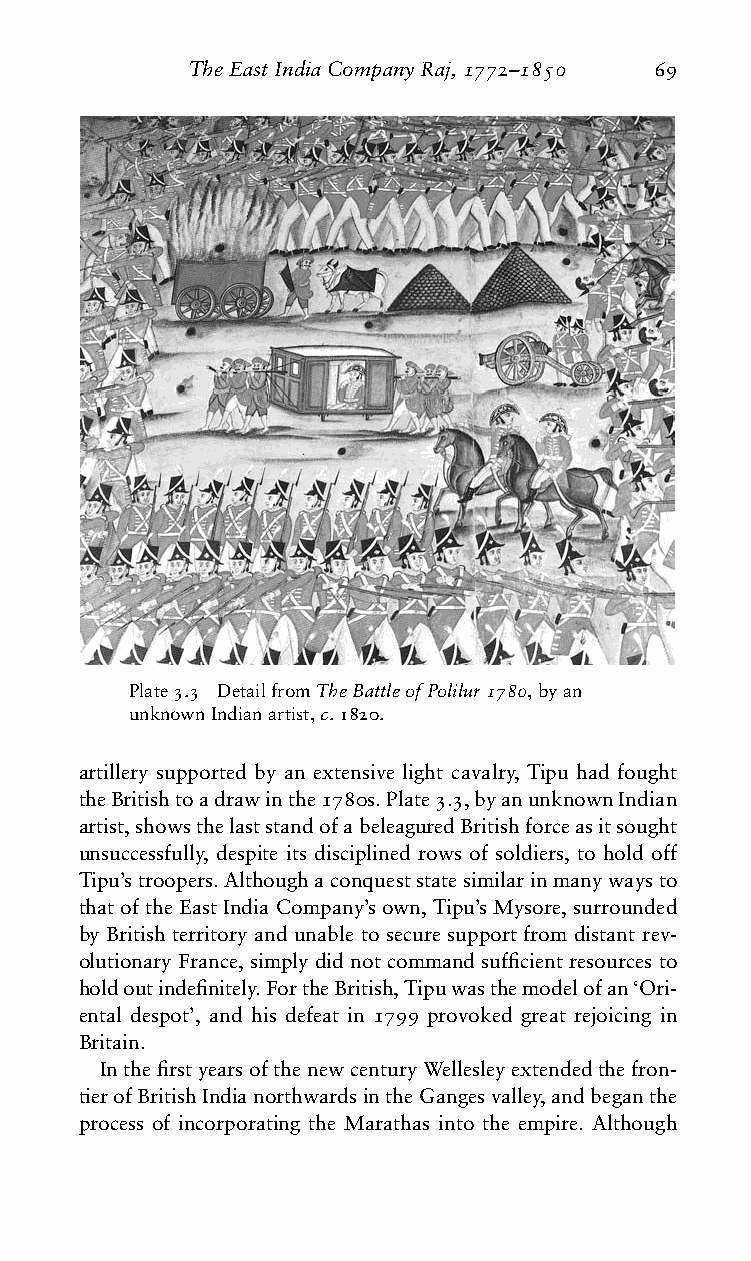
TheEastIndiaCompanyRaj,1772–1850 69
 Plate3.3 DetailfromTheBattleofPolilur1780,byan
 unknownIndianartist,c.1820.
 artillery supported by an extensive light cavalry, Tipu had fought
 theBritishtoadrawinthe1780s.Plate3.3,byanunknownIndian
 artist,showsthelaststandofabeleaguredBritishforceasitsought
 unsuccessfully, despite its disciplined rows of soldiers, to hold off
 Tipu’stroopers.Althoughaconqueststatesimilarinmanywaysto
 thatoftheEastIndiaCompany’sown,Tipu’sMysore,surrounded
 by British territory and unable to secure support from distant rev-
 olutionaryFrance,simplydidnotcommandsufficientresourcesto
 holdoutindefinitely.FortheBritish,Tipuwasthemodelofan‘Ori-
 ental despot’, and his defeat in 1799 provoked great rejoicing in
 Britain.
 InthefirstyearsofthenewcenturyWellesleyextendedthefron-
 tierofBritishIndianorthwardsintheGangesvalley,andbeganthe
 process of incorporating the Marathas into the empire. Although